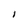
Character: I